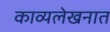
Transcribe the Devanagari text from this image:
काव्यलेखनात